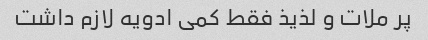
پر ملات و لذیذ فقط کمی ادویه لازم داشت